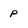
Character: P